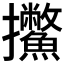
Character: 𱡕